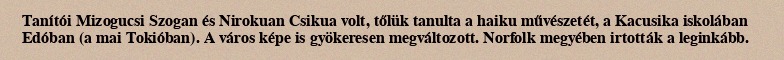
Tanítói Mizogucsi Szogan és Nirokuan Csikua volt, tőlük tanulta a haiku művészetét, a Kacusika iskolában Edóban (a mai Tokióban). A város képe is gyökeresen megváltozott. Norfolk megyében irtották a leginkább.